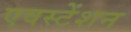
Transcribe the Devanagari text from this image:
एवस्टेंशन